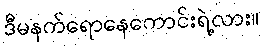
ဒီမနက်ရောနေကောင်းရဲ့လား။